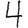
Digit: 4